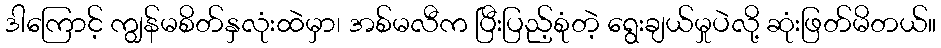
ဒါကြောင့် ကျွန်မစိတ်နှလုံးထဲမှာ၊ အစ်မလီက ပြီးပြည့်စုံတဲ့ ရွေးချယ်မှုပဲလို့ ဆုံးဖြတ်မိတယ်။